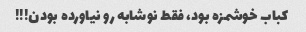
کباب خوشمزه بود، فقط نوشابه رو نیاورده بودن!!!